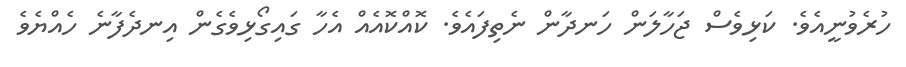
ހުރެވުނީއެވެ. ކަޅިވެސް ޖަހާލަން ހަނދާން ނެތިފައެވެ. ކޮއްކޮއެއް އެހާ ގައިގޯޅިވެގެން އިނދެފާނެ ހެއްޔެވެ